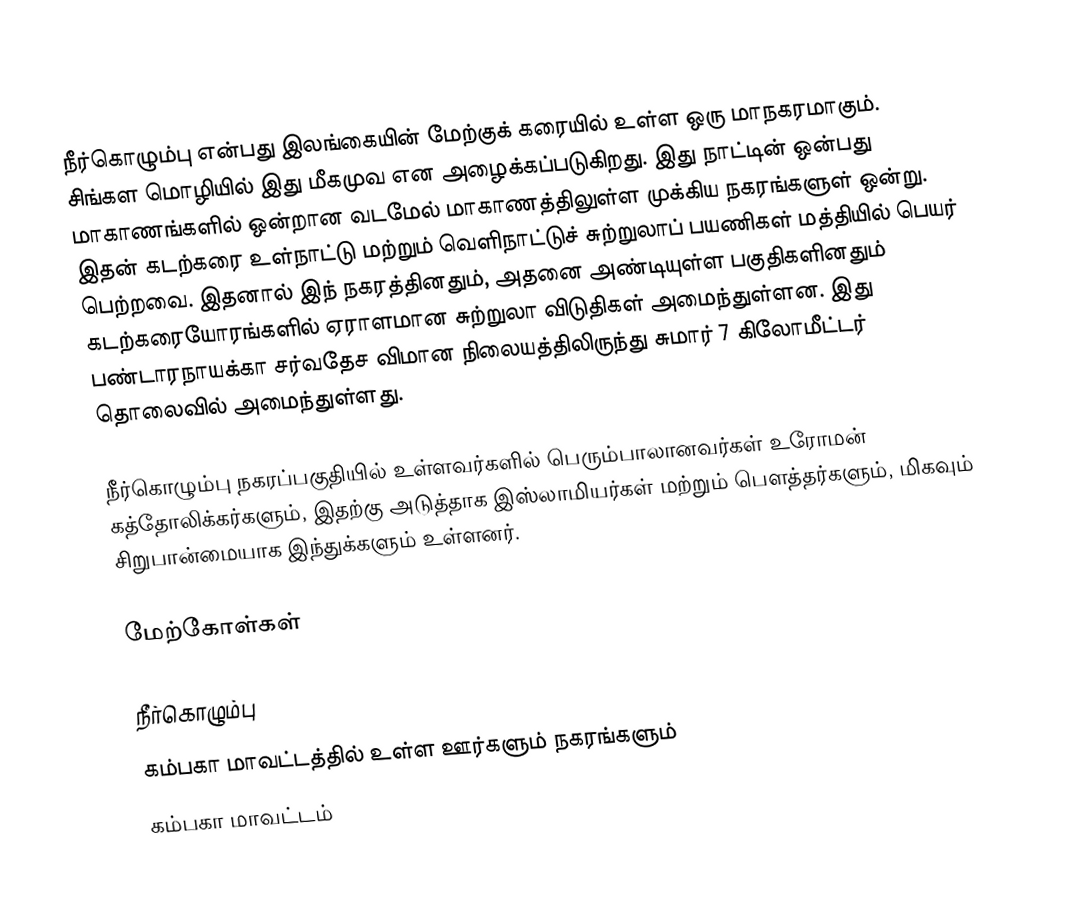
நீர்கொழும்பு என்பது இலங்கையின் மேற்குக் கரையில் உள்ள ஒரு மாநகரமாகும். சிங்கள மொழியில் இது மீகமுவ என அழைக்கப்படுகிறது. இது நாட்டின் ஒன்பது மாகாணங்களில் ஒன்றான வடமேல் மாகாணத்திலுள்ள முக்கிய நகரங்களுள் ஒன்று. இதன் கடற்கரை உள்நாட்டு மற்றும் வெளிநாட்டுச் சுற்றுலாப் பயணிகள் மத்தியில் பெயர் பெற்றவை. இதனால் இந் நகரத்தினதும், அதனை அண்டியுள்ள பகுதிகளினதும் கடற்கரையோரங்களில் ஏராளமான சுற்றுலா விடுதிகள் அமைந்துள்ளன. இது பண்டாரநாயக்கா சர்வதேச விமான நிலையத்திலிருந்து சுமார் 7 கிலோமீட்டர் தொலைவில் அமைந்துள்ளது.

நீர்கொழும்பு நகரப்பகுதியில் உள்ளவர்களில் பெரும்பாலானவர்கள் உரோமன் கத்தோலிக்கர்களும், இதற்கு அடுத்தாக இஸ்லாமியர்கள் மற்றும் பௌத்தர்களும், மிகவும் சிறுபான்மையாக இந்துக்களும் உள்ளனர்.

மேற்கோள்கள்

நீர்கொழும்பு
கம்பகா மாவட்டத்தில் உள்ள ஊர்களும் நகரங்களும்
கம்பகா மாவட்டம்